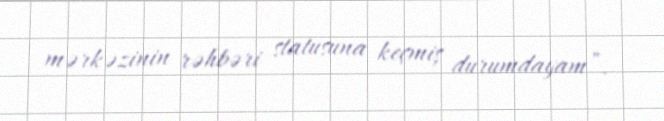
mərkəzinin rəhbəri statusuna keçmiş durumdayam”.